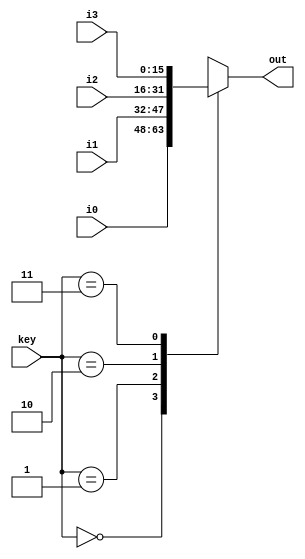


module mux4x2(i0, i1, i2, i3, key, out);

    input [15:0] i0, i1, i2, i3;
	input [1:0] key;
	output reg [15:0] out;

    always @* begin
        case (key)
            3'b00: out = i0;
            3'b01: out = i1;
            3'b10: out = i2;
            3'b11: out = i3;
        endcase
    end
endmodule